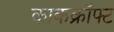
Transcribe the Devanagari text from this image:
काकक्रॉफ्ट